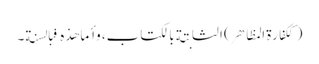
(ککفارة المظاهر) الثابتة بالکتاب، وأما هذه فبالسنة۔